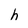
Character: h